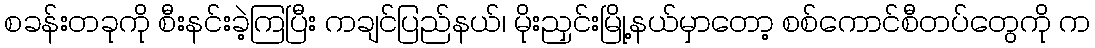
စခန်းတခုကို စီးနင်းခဲ့ကြပြီး ကချင်ပြည်နယ်၊ မိုးညှင်းမြို့နယ်မှာတော့ စစ်ကောင်စီတပ်တွေကို က